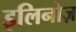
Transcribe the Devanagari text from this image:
इलिनोज़